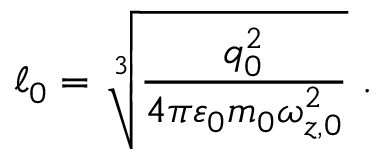
\ell _ { 0 } = \sqrt [ 3 ] { \frac { q _ { 0 } ^ { 2 } } { 4 \pi \varepsilon _ { 0 } m _ { 0 } \omega _ { z , 0 } ^ { 2 } } } \mathrm { ~ . ~ }